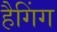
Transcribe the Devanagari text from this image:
हैगिंग